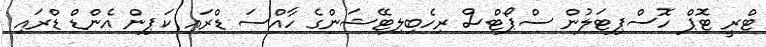
ޓްރީ ޓޮޕް ހޮސްޕިޓަލުން ސްޕޯޓްސް ރިހެބިލިޓޭޝަންގެ ހާއްސަ ޑްރައި ކަޕިން އެންޑް ޑްރައި